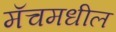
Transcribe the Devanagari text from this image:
मॅचमधील